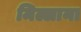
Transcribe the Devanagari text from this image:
मिल्लाना